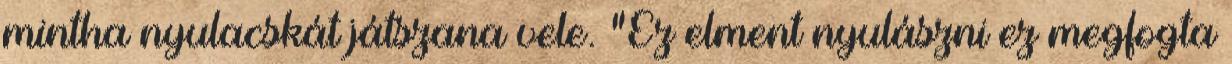
mintha nyulacskát játszana vele. "Ez elment nyulászni ez megfogta